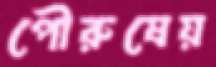
পৌরুষেয়